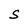
Character: S